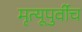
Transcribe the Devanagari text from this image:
मृत्यूपुर्वीच